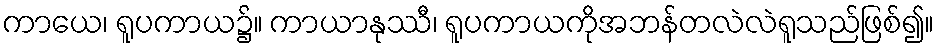
ကာယေ၊ ရူပကာယ၌။ ကာယာနုဿီ၊ ရူပကာယကိုအဘန်တလဲလဲရူသည်ဖြစ်၍။